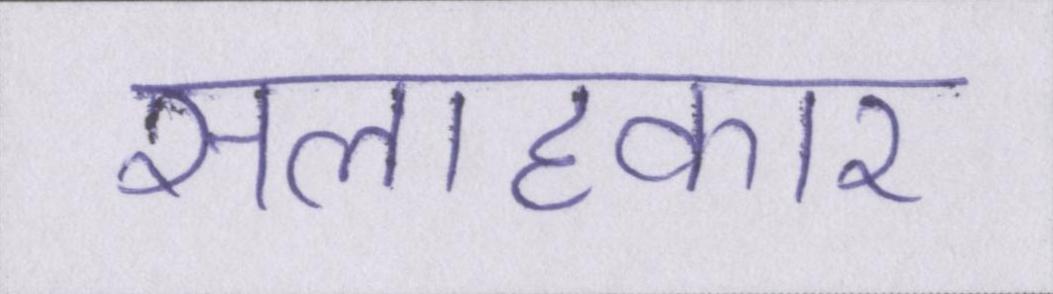
सलाहकार